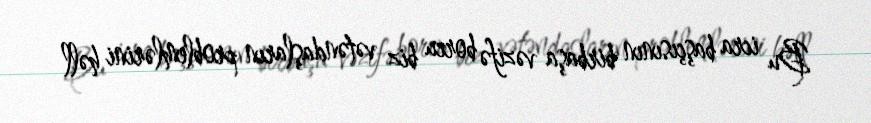
Bu icra başçısının birbaşa vəzifə borcu biz vətəndaşların problemlərini həll